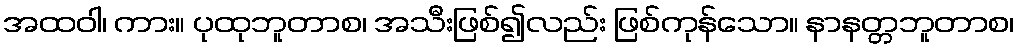
အထဝါ၊ ကား။ ပုထုဘူတာစ၊ အသီးဖြစ်၍လည်း ဖြစ်ကုန်သော။ နာနတ္တဘူတာစ၊